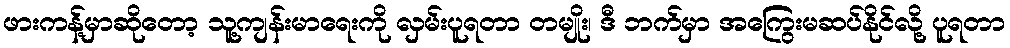
ဖားကန့်မှာဆိုတော့ သူ့ကျန်းမာရေးကို လှမ်းပူရတာ တမျိုး၊ ဒီ ဘက်မှာ အကြွေးမဆပ်နိုင်လို့ ပူရတာ